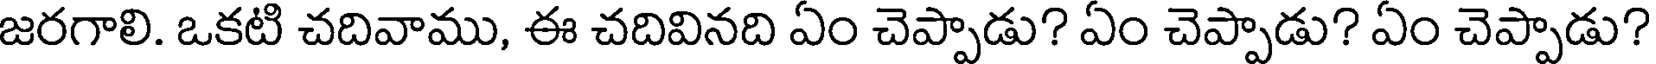
జరగాలి. ఒకటి చదివాము, ఈ చదివినది ఏం చెప్పాడు? ఏం చెప్పాడు? ఏం చెప్పాడు?